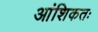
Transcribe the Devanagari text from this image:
आंशिकतः